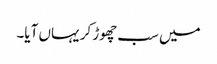
میں سب چھوڑ کر یہاں آیا۔